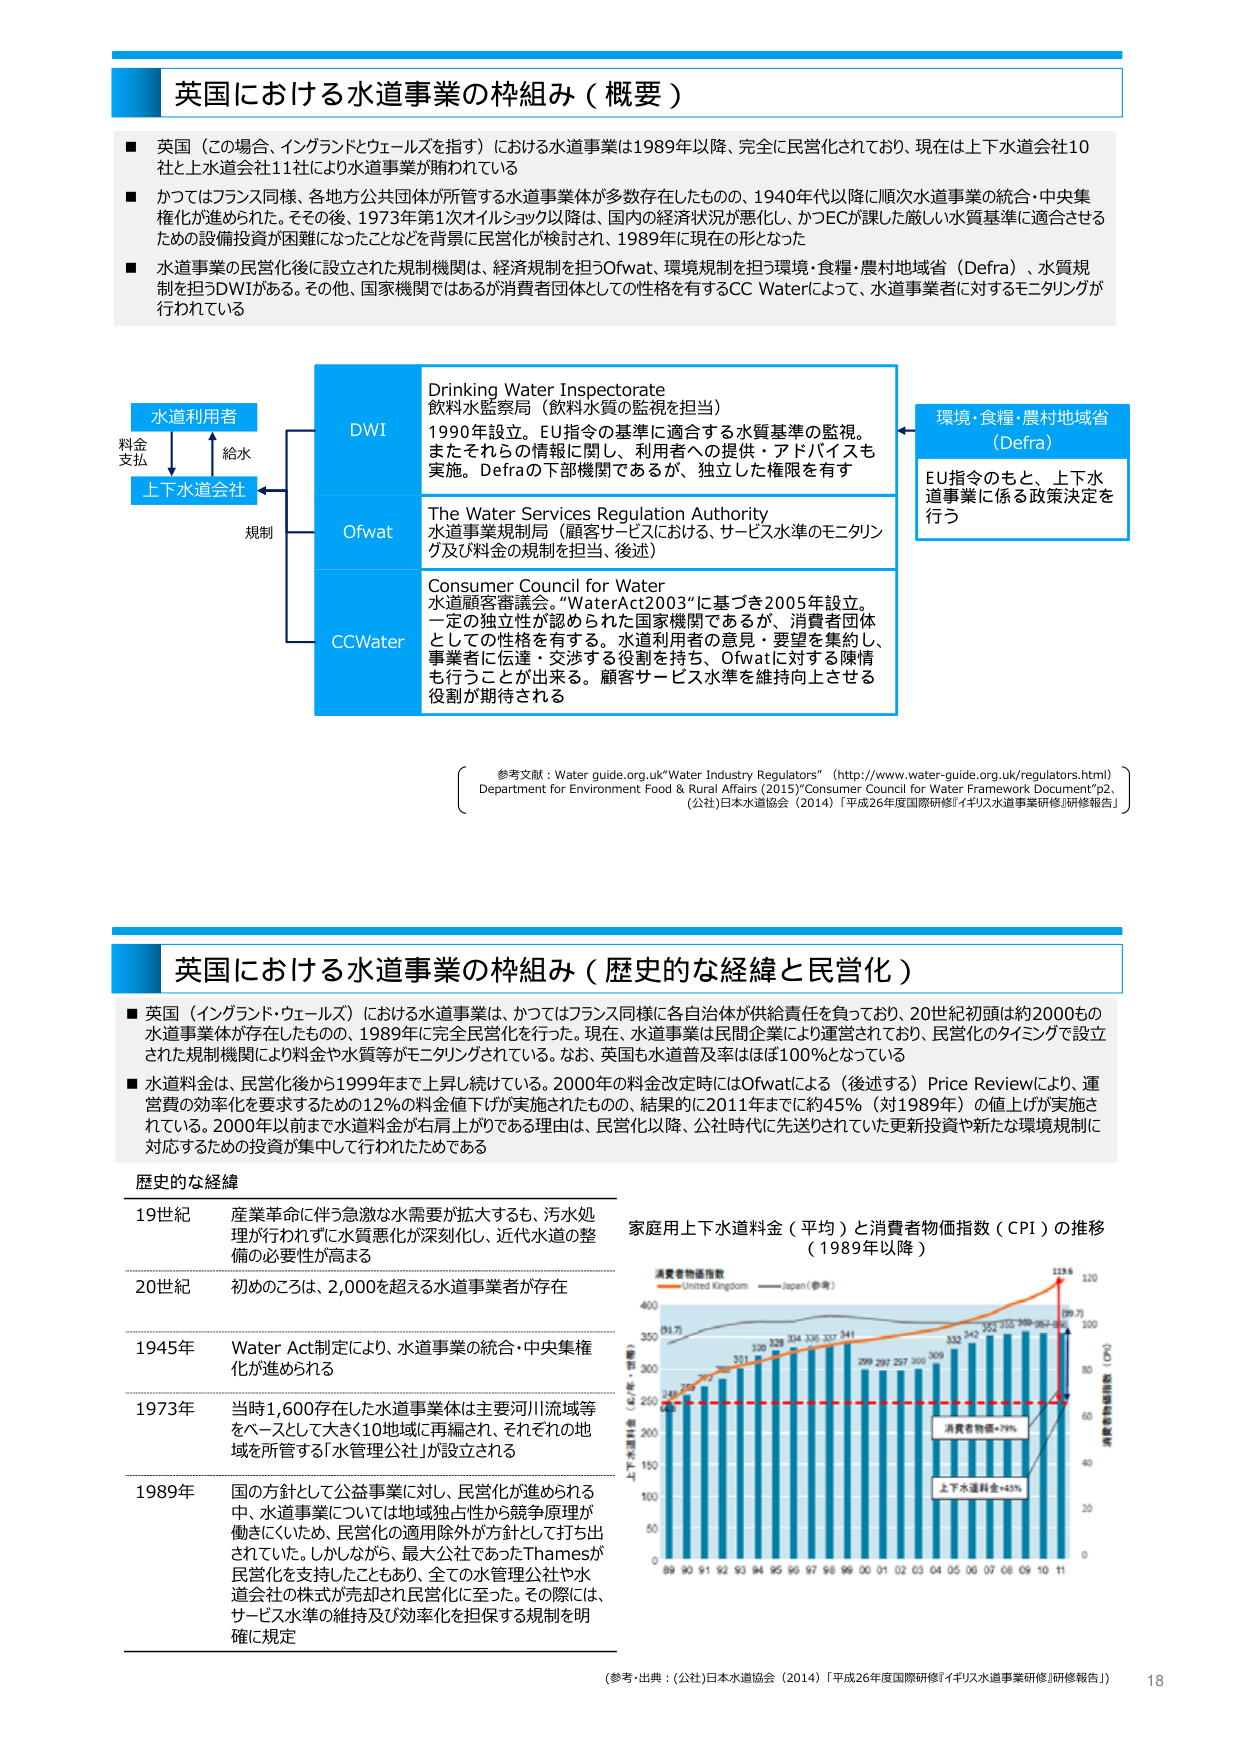
英国における水道事業の枠組み（概要）

■ 英国（この場合、イングランドとウェールズを指す）における水道事業は1989年以降、完全に民営化されており、現在は上下水道会社10社と上水道会社11社により水道事業が賄われている

■ かつてはフランス同様、各地方公共団体が所管する水道事業体が多数存在したものの、1940年代以降に順次水道事業の統合・中央集権化が進められた。その後、1973年第1次オイルショック以降は、国内の経済状況が悪化し、かつECが課した厳しい水質基準に適合させるための設備投資が困難になったことなどを背景に民営化が検討され、1989年に現在の形となった

■ 水道事業の民営化後に設立された規制機関は、経済規制を担うOfwat、環境規制を担う環境・食糧・農村地域省（Defra）、水質規制を担うDWIがある。その他、国家機関ではあるが消費者団体としての性格を有するCC Waterによって、水道事業者に対するモニタリングが行われている

水道利用者
料金支払 ←→ 給水
上下水道会社
規制

DWI
Drinking Water Inspectorate
飲料水監察局（飲料水質の監視を担当）
1990年設立。EU指令の基準に適合する水質基準の監視。
またそれらの情報に関して、利用者への提供・アドバイスも実施。Defraの下部機関であるが、独立した権限を有す

Ofwat
The Water Services Regulation Authority
水道事業規制局（顧客サービスにおける、サービス水準のモニタリング及び料金の規制を担当、後述）

CCWater
Consumer Council for Water
水道顧客審議会。“WaterAct2003”に基づき2005年設立。
一定の独立性が認められた国家機関であるが、消費者団体としての性格を有する。水道利用者の意見・要望を集約し、事業者に伝達・交渉する役割を持ち、Ofwatに対する陳情も行うことができる。顧客サービス水準を維持向上させる役割が期待される

環境・食糧・農村地域省（Defra）
EU指令のもと、上下水道事業に係る政策決定を行う

参考文献：Water guide.org.uk“Water Industry Regulators”（http://www.water-guide.org.uk/regulators.html）
Department for Environment Food & Rural Affairs (2015)“Consumer Council for Water Framework Document”p2.
(公社)日本水道協会（2014）「平成26年度国際研修『イギリス水道事業研修』研修報告」

英国における水道事業の枠組み（歴史的な経緯と民営化）

■ 英国（イングランド・ウェールズ）における水道事業は、かつてはフランス同様に各自治体が供給責任を負っており、20世紀初頭は約2000もの水道事業体が存在したもの、1989年に完全民営化を行った。現在、水道事業は民間企業により運営されており、民営化のタイミングで設立された規制機関により料金や水質等がモニタリングされている。なお、英国も水道普及率はほぼ100％となっている

■ 水道料金は、民営化後から1999年まで上昇し続けている。2000年の料金改定時にはOfwatによる（後述する）Price Reviewにより、運営費の効率化を要求するための12％の料金値下げが実施されたものの、結果的に2011年までに約45％（対1989年）の値上げが実施されている。2000年以前まで水道料金が右肩上がりである理由は、民営化以降、公社時代に先送りされていた更新投資や新たな環境規制に対応するための投資が集中して行われたためである

歴史的な経緯

19世紀　産業革命に伴う急激な水需要が拡大するも、汚水処理が行われずに水質悪化が深刻化し、近代水道の整備の必要性が高まる

20世紀　初めのころは、2,000を超える水道事業者が存在

1945年　Water Act制定により、水道事業の統合・中央集権化が進められる

1973年　当時1,600存在した水道事業体は主要河川流域等をベースとして大きく10地域に再編され、それぞれの地域を所管する「水管理公社」が設立される

1989年　国の方針として公益事業に対し、民営化が進められる中、水道事業については地域独占性から競争原理が働いていたため、民営化の適用除外が方針として打ち出されていた。しかしながら、最大公社であったThamesが民営化を支持したこともあり、全ての水管理公社や水道会社の株式が売却され民営化に至った。その際には、サービス水準の維持及び効率化を担保する規制を明確に規定

家庭用上下水道料金（平均）と消費者物価指数（CPI）の推移（1989年以降）

消費者物価指数
United Kingdom
Japan（参考）

1989 1990 1991 1992 1993 1994 1995 1996 1997 1998 1999 2000 2001 2002 2003 2004 2005 2006 2007 2008 2009 2010 2011

（料金）（単位：ペニー/年）
220 225 231 236 242 251 257 262 269 277 284 299 297 297 300 309 332 342 352 355 349 363 387

（CPI）（単位：指数）
100 104.7 109.7 114.7 119.7 124.7 129.7 134.7 139.7 144.7 149.7 154.7 159.7 164.7 169.7 174.7 179.7 184.7 189.7 194.7 199.7 204.7 209.7

消費者物価指数+79%
上下水道料金+45%

（参考・出典：(公社)日本水道協会（2014）「平成26年度国際研修『イギリス水道事業研修』研修報告」）

18